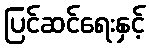
ပြင်ဆင်ရေးနှင့်